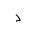
Letter: _dal